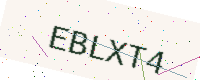
Text: EBLXT4